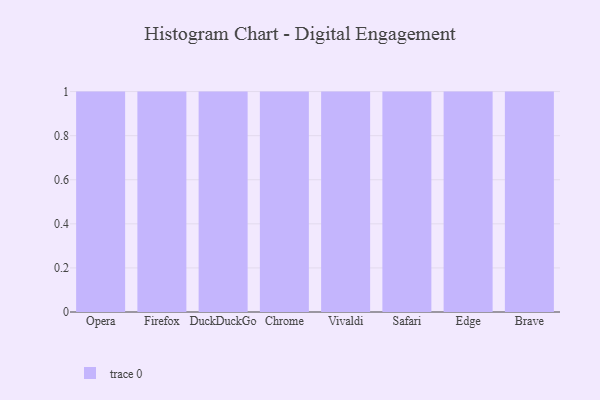
{"axis": {"x": "Browser", "y": "Active Users"}, "legend": [""], "data": [{"x": "Opera", "y": 33, "type": ""}, {"x": "Firefox", "y": 61, "type": ""}, {"x": "DuckDuckGo", "y": 4, "type": ""}, {"x": "Chrome", "y": 97, "type": ""}, {"x": "Vivaldi", "y": 87, "type": ""}, {"x": "Safari", "y": 58, "type": ""}, {"x": "Edge", "y": 34, "type": ""}, {"x": "Brave", "y": 100, "type": ""}]}